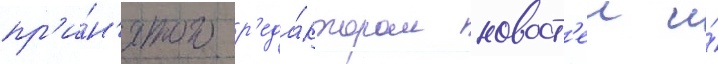
пр'и́н'ятого р'еда́ктором новост'еи и́